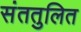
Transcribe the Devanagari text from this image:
संततुलित